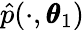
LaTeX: \hat{p}(\cdot,\pmb\theta_{1})